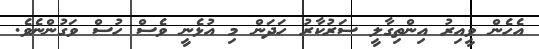
އެހެން ވީއިރު އިންތިގާލީ ސަރުކާރު ހަދަން މި އުޅެނީ ވެސް ހުސް ވަގުންނެވެ.